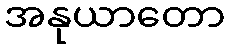
အနုယာတော